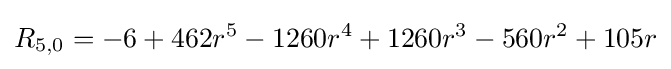
R_{5,0}=-6+462r^{5}-1260r^{4}+1260r^{3}-560r^{2}+105r